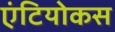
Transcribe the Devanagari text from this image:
एंटियोकस